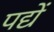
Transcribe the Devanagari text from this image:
पद्यें